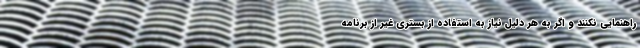
راهنمایی نکنند و اگر به هر دلیل نیاز به استفاده از بستری غیر از برنامه